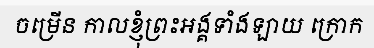
ចម្រើន កាលខ្ញុំព្រះអង្គទាំងឡាយ ក្រោក